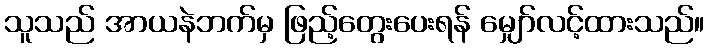
သူသည် အာယနဲဘက်မှ ဖြည့်တွေးပေးရန် မျှော်လင့်ထားသည်။